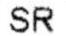
SR